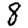
Digit: 8